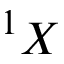
^ 1 X